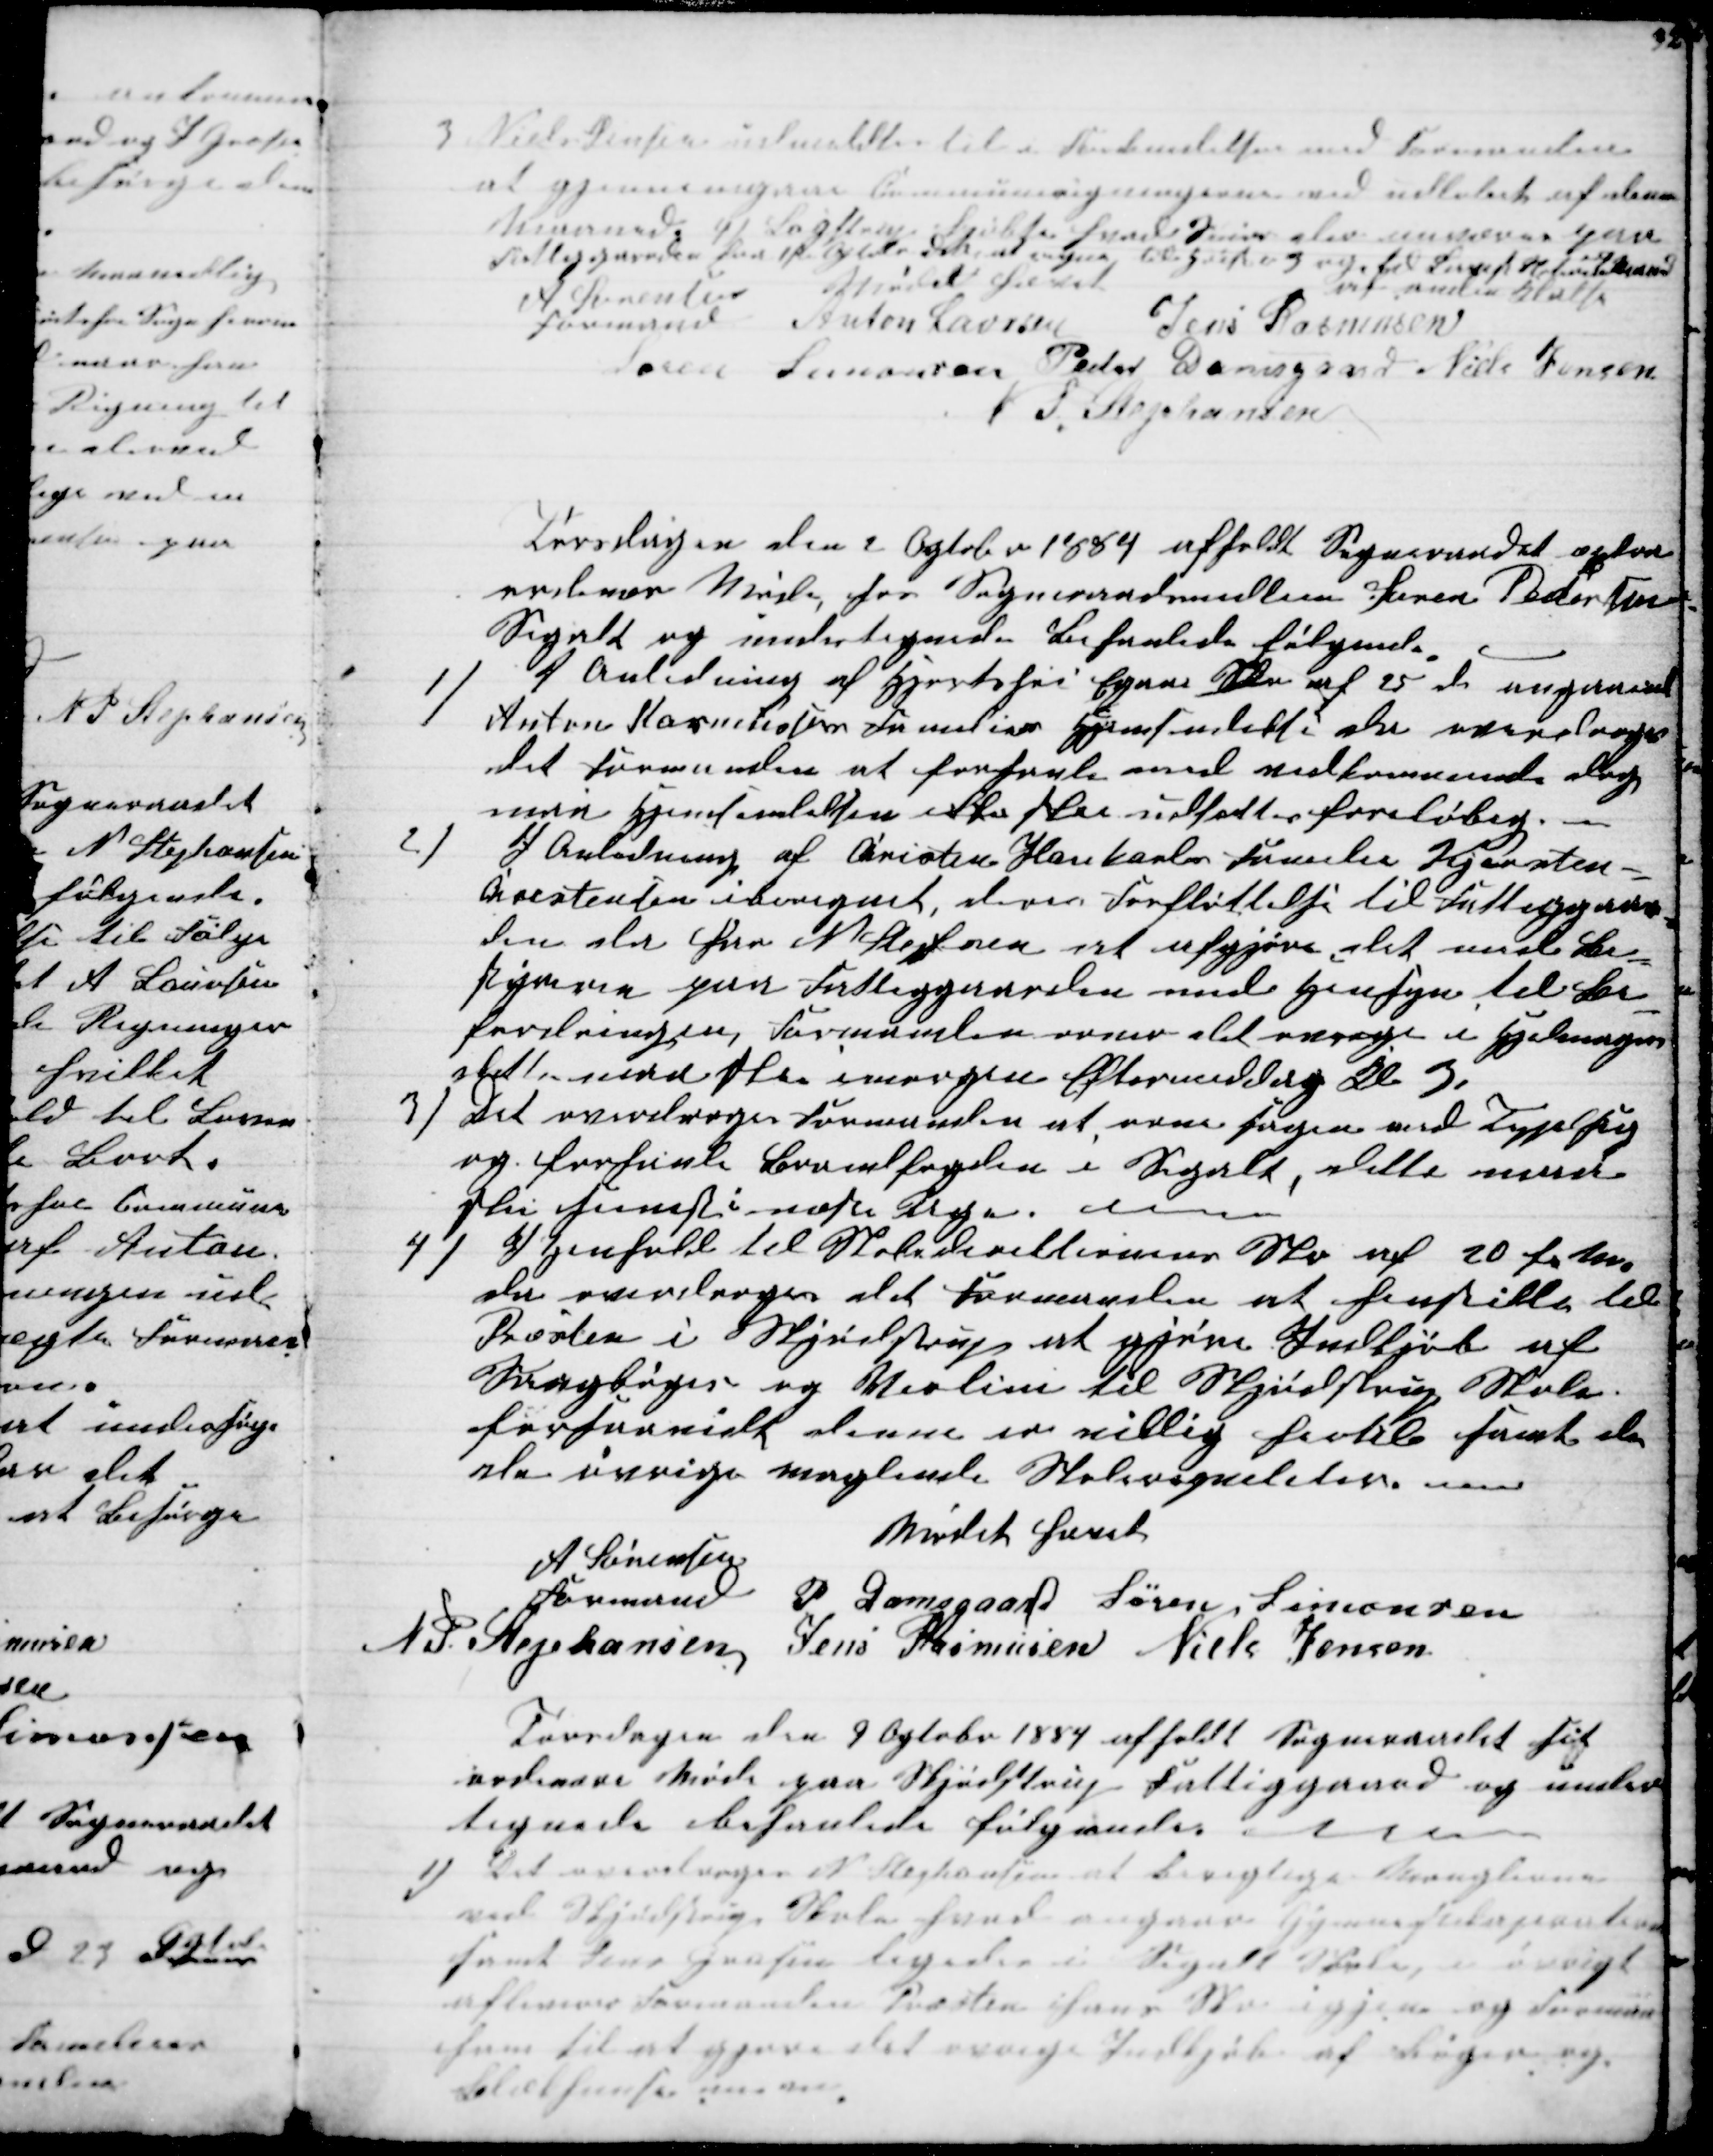
Transskription:
3 Niels Jensen udmeldtes til i Forbindelsen med Formanden
at gjennemgaae Communeregningerne ved udløbet af denne
Maaned. 4) Løgstrup kjøbte hvad S der  paa
Fattiggaarden fra 1st Ogtober at regne        
af anden Klasse
Mødet hævet
A Sørensen
Formand 
 Anton Laursen Jens Rasmussen
Søren Simonsen Peder Damsgaard Niels Jensen
N. P. Stephansen
Torsdagen den 2 Ogtober 1884 afholdt Sogneraadet extra
ordinær Møde, hos Sogneraadsmedlem Søren Pedersen
Segalt og undertegnede behanlede følgende.
1)
I Anledning af Hjortshøi Egaa Skr af 25 ds angaaend
Anton Rasmussens Families Hjemsendelse overdroges
det Formanden at forhanle med vedkommende dog
maa Hjemsendelsen ikke ske udførtes foreløbig.
2
I Anledning af Cristen Hankarls Familie Kjersten-
Crestensen iberegnet, deres Forfløttelse til Fattiggaar-
den der har N. Stephaen at afgjøre det med Be-
styreren paa Fattiggaarden med Hensyn til Be-
fordringen, Formanden orner det øvrige i Hjelmager
dette maa ske imorgen Eftermiddag Kl. 3.
3)
Det overdroges Formanden at orne Sagen med Typlsig
og forhanle Brandfogden i Segalt, dette maa
ske snarest i næste Uge.
4)
I Henhold til Skoledirektionen Skr af 20 f. M.
da overdroges det Formanden at henstille til
Præsten i Skjødstrup at gjøre Indkjøb af
Sangbøger og Violin til Skjødstrup Skole.
forsaavidt denne er villig hertil samt de
ale øvrige manglende Skoleregnelder.
Mødet hævet
A Sørensen
Formand
P Damsgaard Søren Simonsen
N P. Stephansen Jens Rasmusen Niels Jensen
Torsdagen den 9 Ogtober 1884 afholdt Sogneraadet sit
ordinære Møde paa Skjødstrup Fattiggaard og under-
tegnede behanlede følgendes 
1)
Det overdroges N Stephansen at besigtige Manglerne
ved Skjødstrup Skole samt angaaen Gymnastikaparaterne
samt Jens Grosen ligedes i Segalt Skole, og iøvrigt
afleverer Formanden Præsten hans Skr igjen og Formaa
ham til at gjøre det øvrige Indkøb af Bøger og
Blækhuuse m.m.